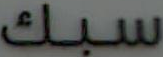
سبك